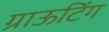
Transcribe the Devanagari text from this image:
ग्राऊटिंग